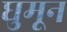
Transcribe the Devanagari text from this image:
घुमून